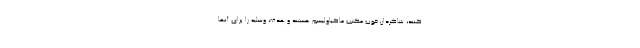
کنند، شاگردان خوب مکتب ماکیاولیسم هستند و هدف، وسلیه را برای آنها